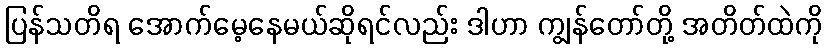
ပြန်သတိရ အောက်မေ့နေမယ်ဆိုရင်လည်း ဒါဟာ ကျွန်တော်တို့ အတိတ်ထဲကို